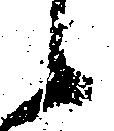
候